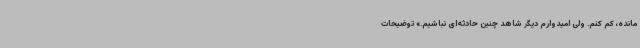
مانده، کم کنم. ولی امیدوارم دیگر شاهد چنین حادثه‌ای نباشیم.» توضیحات